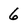
Character: 6